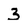
Character: 3